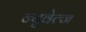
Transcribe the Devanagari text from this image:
न्युवेल्ज